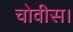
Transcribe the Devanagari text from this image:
चोवीस।